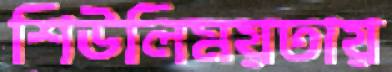
শিউলিময়তায়